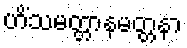
ဟိံသမတ္တာနမတ္တနာ